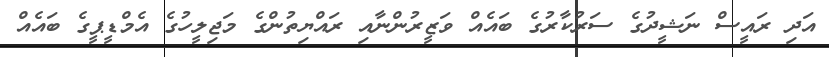
އަދި ރައީސް ނަޝީދުގެ ސަރުކާރުގެ ބައެއް ވަޒީރުންނާއި ރައްޔިތުންގެ މަޖިލީހުގެ އެމްޑީޕީގެ ބައެއް